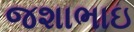
જશાભાઇ